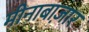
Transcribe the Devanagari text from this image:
मीनाबाज़ार